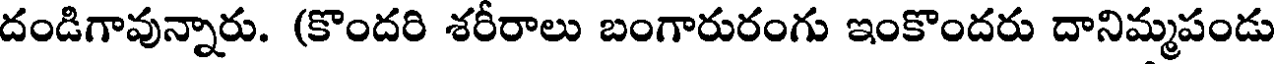
దండిగావున్నారు. (కొందరి శరీరాలు బంగారురంగు ఇంకొందరు దానిమ్మపండు